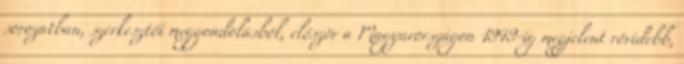
sorozatban, szerkesztői meggondolásból, először a Magyarországon 1949-ig megjelent rövidebb,